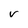
Character: V